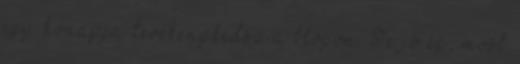
egy hónapja tevékenykedsz a blogon. Te jó ég, most